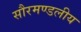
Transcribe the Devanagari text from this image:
सौरमण्डलीय